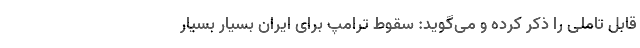
قابل تاملی را ذکر کرده و می‌گوید: سقوط ترامپ برای ایران بسیار بسیار